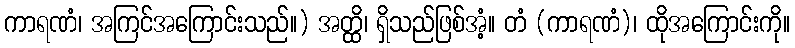
ကာရဏံ၊ အကြင်အကြောင်းသည်။) အတ္ထိ၊ ရှိသည်ဖြစ်အံ့။ တံ (ကာရဏံ)၊ ထိုအကြောင်းကို။